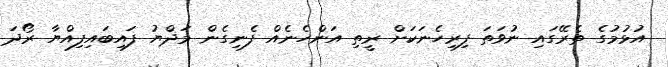
އުޅުމުގެ ތެރޭގައި ނުވަތަ ފިރިހެނަކަށް ރީތި އަންހެނެއް ފެނިގެން މަޛްޔު ފައިބައިފިއްޔާ ރޯދަ